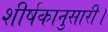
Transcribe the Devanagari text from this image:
शीर्षकानुसारी।